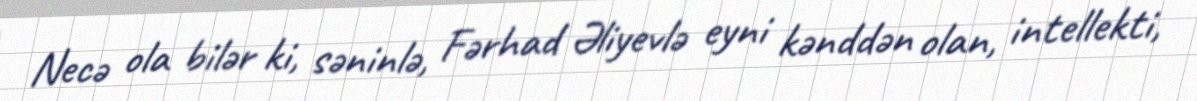
Necə ola bilər ki, səninlə, Fərhad Əliyevlə eyni kənddən olan, intellekti,